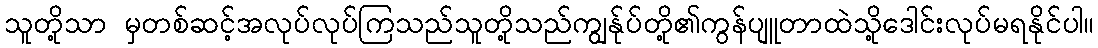
သူတို့သာ မှတစ်ဆင့်အလုပ်လုပ်ကြသည်သူတို့သည်ကျွန်ုပ်တို့၏ကွန်ပျူတာထဲသို့ဒေါင်းလုပ်မရနိုင်ပါ။